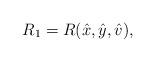
LaTeX: \begin{align*} R_1=R(\hat{x}, \hat{y}, \hat{v}), \end{align*}